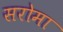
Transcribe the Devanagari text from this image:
सरोमा